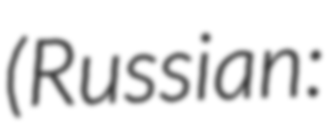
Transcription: (Russian: